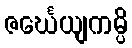
ဇင်္ဃေယျကမ္ပိ